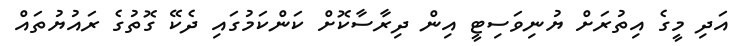
އަދި މީގެ އިތުރަށް ޔުނިވަސިޓީ އިން ދިރާސާކޮށް ކަންކަމުގައި ދެކޭ ގޮތުގެ ރައުޔުތައް